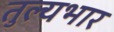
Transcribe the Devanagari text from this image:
तुल्‍यभार